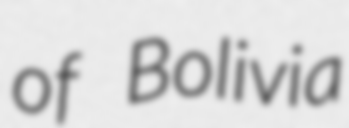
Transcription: of Bolivia